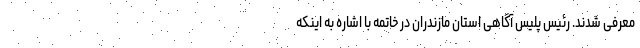
معرفی شدند. رئیس پلیس آگاهی استان مازندران در خاتمه با اشاره به اینکه